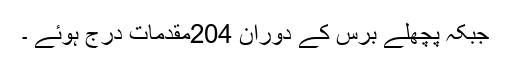
جبکہ پچھلے برس کے دوران 204مقدمات درج ہوئے ۔